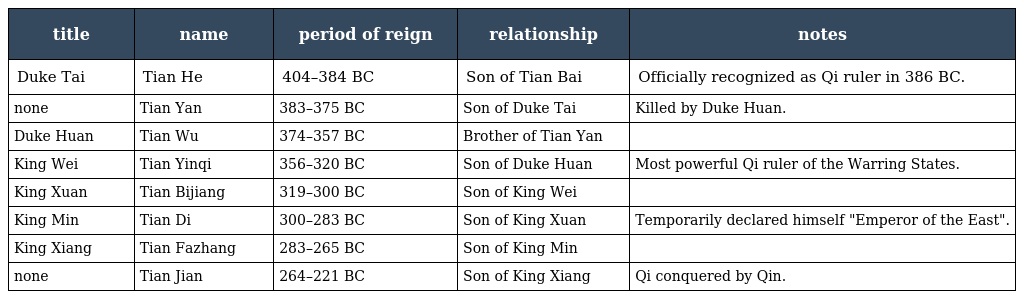
| title | name | period of reign | relationship | notes |
 | --- | --- | --- | --- | --- |
 | Duke Tai 齊太公 | Tian He 田和 | 404–384 BC | Son of Tian Bai | Officially recognized as Qi ruler in 386 BC. |
 | none | Tian Yan 田剡 | 383–375 BC | Son of Duke Tai | Killed by Duke Huan. |
 | Duke Huan 齊桓公 | Tian Wu 田午 | 374–357 BC | Brother of Tian Yan |  |
 | King Wei 齊威王 | Tian Yinqi 田因齊 | 356–320 BC | Son of Duke Huan | Most powerful Qi ruler of the Warring States. |
 | King Xuan 齊宣王 | Tian Bijiang 田辟彊 | 319–300 BC | Son of King Wei |  |
 | King Min 齊愍王 | Tian Di 田地 | 300–283 BC | Son of King Xuan | Temporarily declared himself "Emperor of the East". |
 | King Xiang 齊襄王 | Tian Fazhang 田法章 | 283–265 BC | Son of King Min |  |
 | none | Tian Jian 田建 | 264–221 BC | Son of King Xiang | Qi conquered by Qin. |